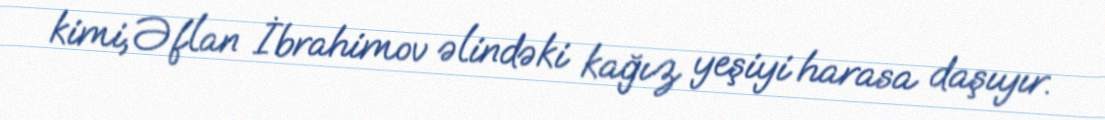
kimi, Əflan İbrahimov əlindəki kağız yeşiyi harasa daşıyır.